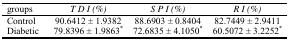
<table><thead><tr><td><b>groups</b></td><td><b><i>T D I (%)</i></b></td><td><b><i>S P I (%)</i></b></td><td><b><i>R I (%)</i></b></td></tr></thead><tbody><tr><td>Control </td><td>90.6412 ± 1.9382</td><td>88.6903 ± 0.8404</td><td>82.7449 ± 2.9411</td></tr><tr><td>Diabetic </td><td>79.8396 ± 1.9863<sup>*</sup></td><td>72.6835 ± 4.1050<sup>*</sup></td><td>60.5072 ± 3.2252<sup>*</sup></td></tr></tbody></table>